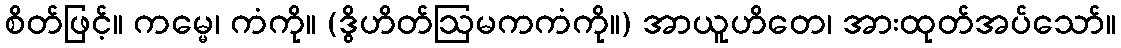
စိတ်ဖြင့်။ ကမ္မေ၊ ကံကို။ (ဒွိဟိတ်ဩမကကံကို။) အာယူဟိတေ၊ အားထုတ်အပ်သော်။